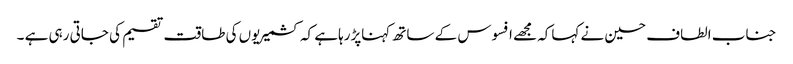
جناب الطاف حسین نے کہاکہ مجھے افسوس کے ساتھ کہناپڑرہاہے کہ کشمیریوں کی طاقت تقسیم کی جاتی رہی ہے ۔